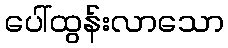
ပေါ်ထွန်းလာသော